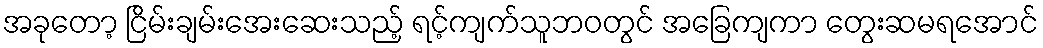
အခုတော့ ငြိမ်းချမ်းအေးဆေးသည့် ရင့်ကျက်သူဘဝတွင် အခြေကျကာ တွေးဆမရအောင်